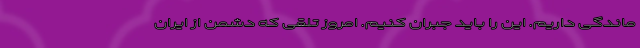
ماندگی داریم. این را باید جبران کنیم. امروز تلقی که دشمن از ایران